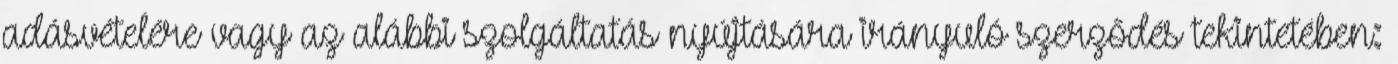
adásvételére vagy az alábbi szolgáltatás nyújtására irányuló szerződés tekintetében: